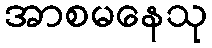
အာစမနေသု